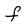
Character: f